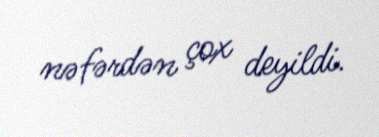
nəfərdən çox deyildi.